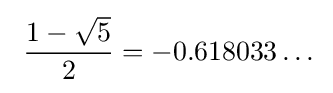
\ {\frac {1-{\sqrt {5}}}{2}}=-0.618033\dots